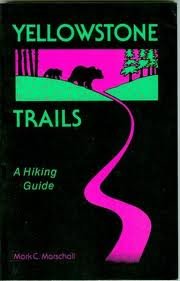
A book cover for Yellowstone Trails: A Hiking Guide; Mark Marschall; Travel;